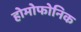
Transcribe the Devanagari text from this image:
होमोफोनिक